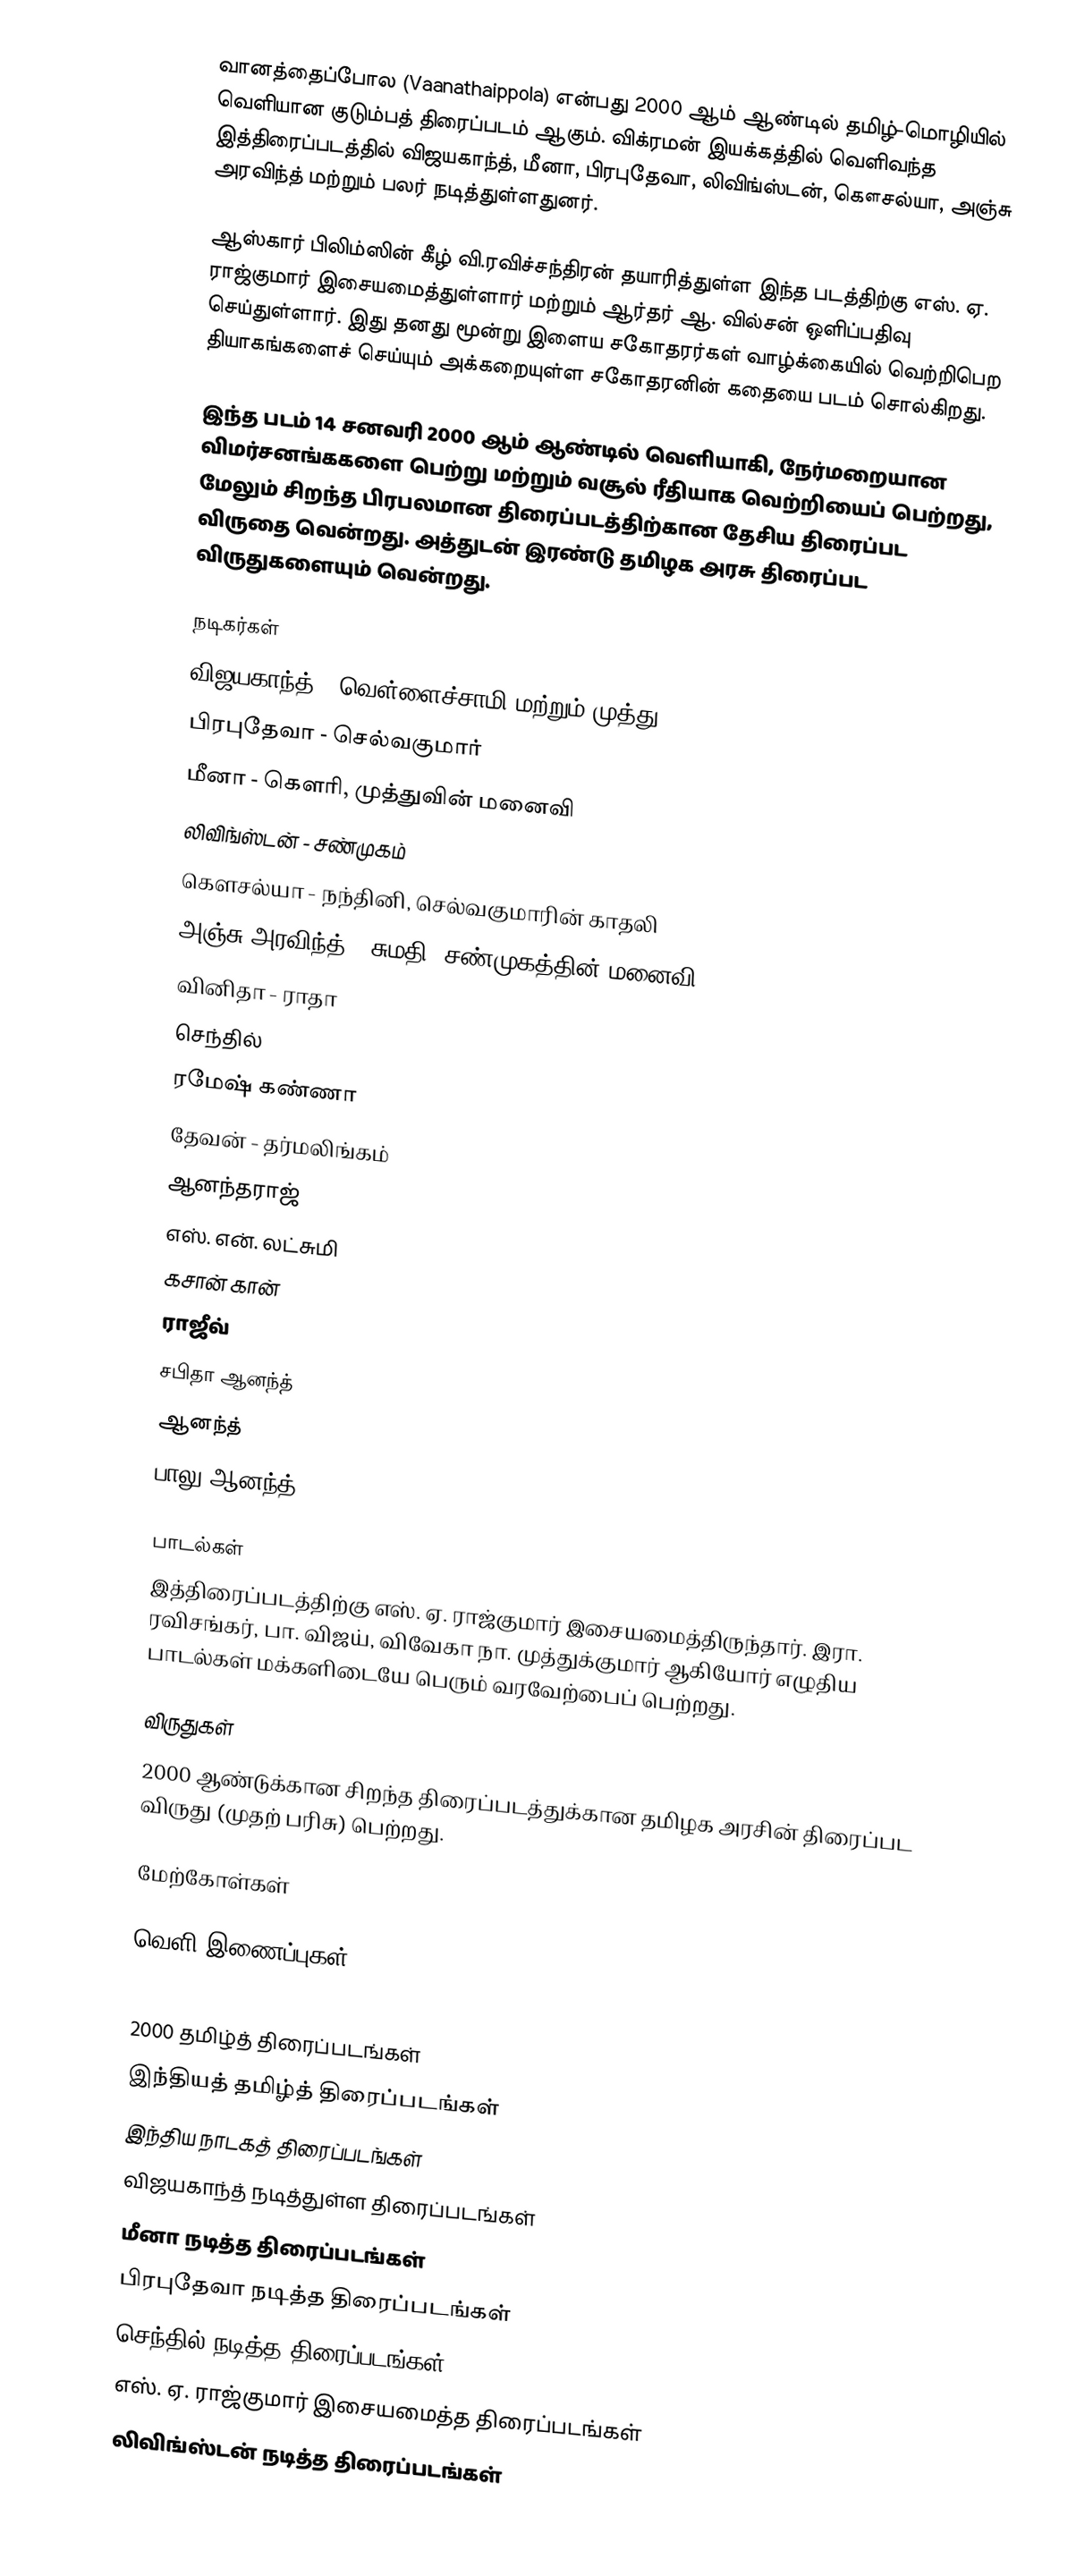
வானத்தைப்போல (Vaanathaippola) என்பது 2000 ஆம் ஆண்டில் தமிழ்-மொழியில் வெளியான குடும்பத் திரைப்படம் ஆகும். விக்ரமன் இயக்கத்தில் வெளிவந்த இத்திரைப்படத்தில் விஜயகாந்த், மீனா, பிரபுதேவா, லிவிங்ஸ்டன், கௌசல்யா, அஞ்சு அரவிந்த் மற்றும் பலர் நடித்துள்ளதுனர்.

ஆஸ்கார் பிலிம்ஸின் கீழ் வி.ரவிச்சந்திரன் தயாரித்துள்ள இந்த படத்திற்கு எஸ். ஏ. ராஜ்குமார் இசையமைத்துள்ளார் மற்றும் ஆர்தர் ஆ. வில்சன் ஒளிப்பதிவு செய்துள்ளார். இது தனது மூன்று இளைய சகோதரர்கள் வாழ்க்கையில் வெற்றிபெற தியாகங்களைச் செய்யும் அக்கறையுள்ள சகோதரனின் கதையை படம் சொல்கிறது.

இந்த படம் 14 சனவரி 2000 ஆம் ஆண்டில் வெளியாகி, நேர்மறையான விமர்சனங்ககளை பெற்று மற்றும் வசூல் ரீதியாக  வெற்றியைப் பெற்றது, மேலும் சிறந்த பிரபலமான திரைப்படத்திற்கான தேசிய திரைப்பட விருதை வென்றது. அத்துடன் இரண்டு தமிழக அரசு திரைப்பட விருதுகளையும் வென்றது.

நடிகர்கள்
 விஜயகாந்த் - வெள்ளைச்சாமி மற்றும் முத்து
 பிரபுதேவா - செல்வகுமார்
 மீனா - கௌரி, முத்துவின் மனைவி
 லிவிங்ஸ்டன் - சண்முகம்
 கௌசல்யா - நந்தினி, செல்வகுமாரின் காதலி
 அஞ்சு அரவிந்த் - சுமதி, சண்முகத்தின் மனைவி
 வினிதா - ராதா
 செந்தில்
 ரமேஷ் கண்ணா
 தேவன் - தர்மலிங்கம்
 ஆனந்தராஜ்
 எஸ். என். லட்சுமி
 கசான் கான்
 ராஜீவ்
 சபிதா ஆனந்த்
 ஆனந்த்
 பாலு ஆனந்த்

பாடல்கள்
இத்திரைப்படத்திற்கு எஸ். ஏ. ராஜ்குமார்  இசையமைத்திருந்தார். இரா.  ரவிசங்கர், பா. விஜய், விவேகா  நா. முத்துக்குமார் ஆகியோர் எழுதிய பாடல்கள் மக்களிடையே பெரும் வரவேற்பைப் பெற்றது.

விருதுகள்
 2000 ஆண்டுக்கான சிறந்த திரைப்படத்துக்கான தமிழக அரசின் திரைப்பட விருது (முதற் பரிசு) பெற்றது.

மேற்கோள்கள்

வெளி இணைப்புகள்

2000 தமிழ்த் திரைப்படங்கள்
இந்தியத் தமிழ்த் திரைப்படங்கள்
இந்திய நாடகத் திரைப்படங்கள்
விஜயகாந்த் நடித்துள்ள திரைப்படங்கள்
மீனா நடித்த திரைப்படங்கள்
பிரபுதேவா நடித்த திரைப்படங்கள்
செந்தில் நடித்த திரைப்படங்கள்
எஸ். ஏ. ராஜ்குமார் இசையமைத்த திரைப்படங்கள்
லிவிங்ஸ்டன் நடித்த திரைப்படங்கள்